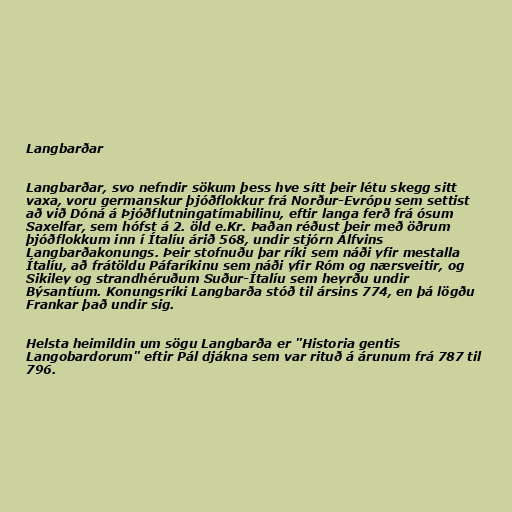
Langbarðar

Langbarðar, svo nefndir sökum þess hve sítt þeir létu skegg sitt
vaxa, voru germanskur þjóðflokkur frá Norður-Evrópu sem settist
að við Dóná á Þjóðflutningatímabilinu, eftir langa ferð frá ósum
Saxelfar, sem hófst á 2. öld e.Kr. Þaðan réðust þeir með öðrum
þjóðflokkum inn í Ítalíu árið 568, undir stjórn Álfvins
Langbarðakonungs. Þeir stofnuðu þar ríki sem náði yfir mestalla
Ítalíu, að frátöldu Páfaríkinu sem náði yfir Róm og nærsveitir, og
Sikiley og strandhéruðum Suður-Ítalíu sem heyrðu undir
Býsantíum. Konungsríki Langbarða stóð til ársins 774, en þá lögðu
Frankar það undir sig.

Helsta heimildin um sögu Langbarða er "Historia gentis
Langobardorum" eftir Pál djákna sem var rituð á árunum frá 787 til
796.